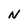
Character: N